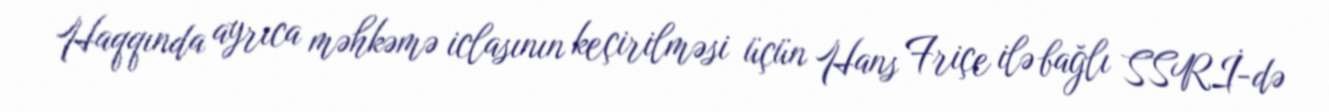
Haqqında ayrıca məhkəmə iclasının keçirilməsi üçün Hans Friçe ilə bağlı SSRİ-də